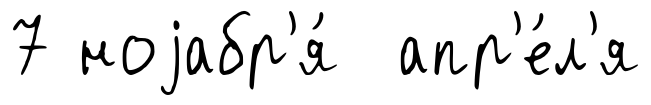
7 ноjабр'я́ апр'е́л'я